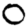
Digit: 0